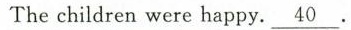
Thechildren were happy.\underline{40}